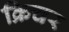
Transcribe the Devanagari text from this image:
क्रिचर